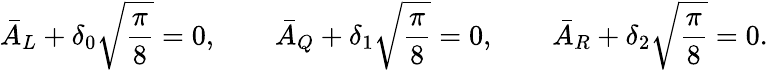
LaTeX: \bar{A}_{{L}}+\delta_{0}\sqrt{\frac{\pi}{8}}=0,\qquad\bar{A}_{{Q}}+\delta_{1}\sqrt{\frac{\pi}{8}}=0,\qquad\bar{A}_{{R}}+\delta_{2}\sqrt{\frac{\pi}{8}}=0.